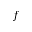
f